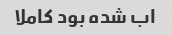
اب شده بود کاملا